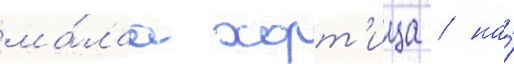
ма́лаа хорт'ица / на́